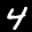
Label: 4